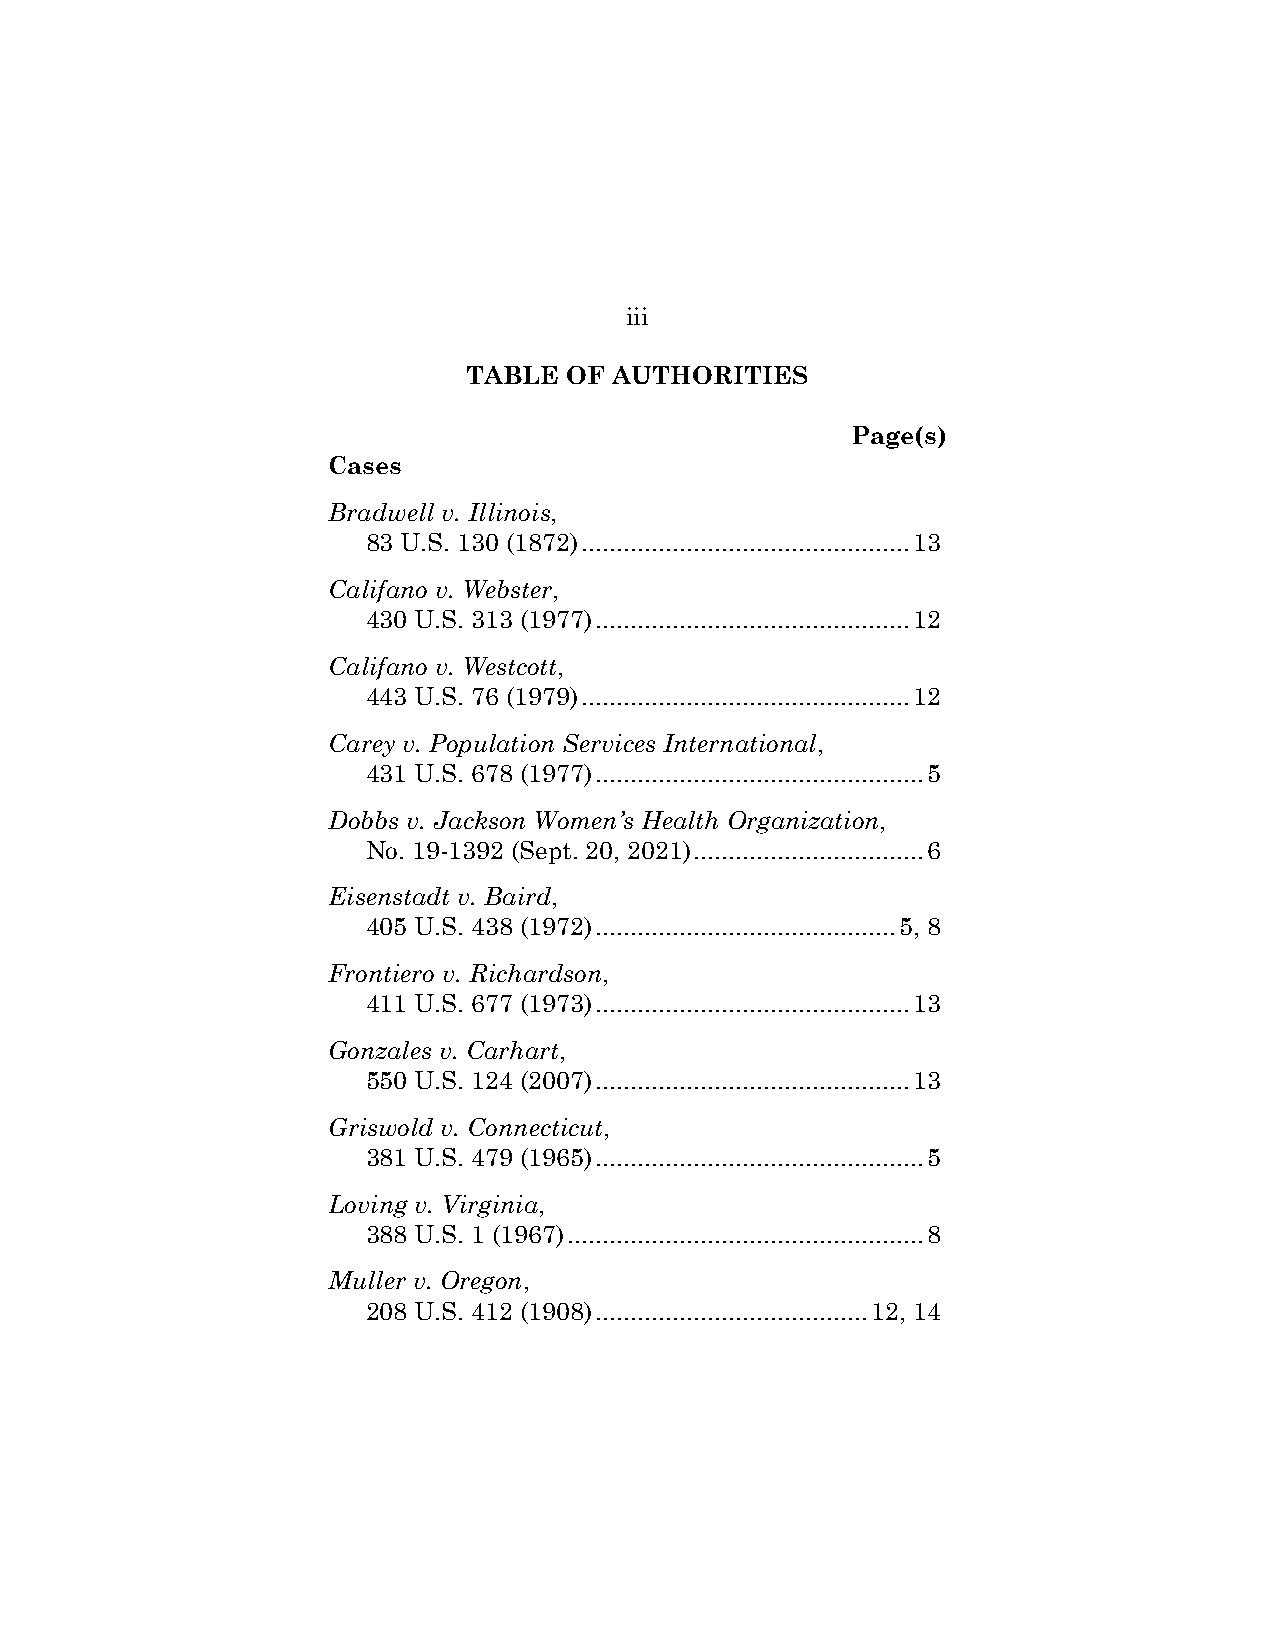
iii
 TABLE OF  AUTHORITIES
 Page(s)
 Cases
 Bradwell v. Illinois,
 83 U.S. 130 (1872) ............................................... 13
 Califano v. Webster,
 430 U.S. 313 (1977) ............................................. 12
 Califano v. Westcott,
 443 U.S. 76 (1979) ............................................... 12
 Carey v. Population Services International,
 431 U.S. 678 (1977) ............................................... 5
 Dobbs v. Jackson Women’s Health Organization,
 No. 19-1392 (Sept. 20, 2021) ................................. 6
 Eisenstadt v. Baird,
 405 U.S. 438 (1972) ........................................... 5, 8
 Frontiero v. Richardson,
 411 U.S. 677 (1973) ............................................. 13
 Gonzales v. Carhart,
 550 U.S. 124 (2007) ............................................. 13
 Griswold v. Connecticut,
 381 U.S. 479 (1965) ............................................... 5
 Loving v. Virginia,
 388 U.S. 1 (1967) ................................................... 8
 Muller v. Oregon,
 208 U.S. 412 (1908) ....................................... 12, 14